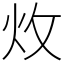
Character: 炇